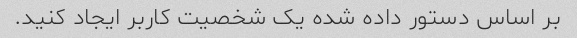
بر اساس دستور داده شده یک شخصیت کاربر ایجاد کنید.